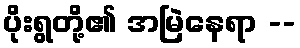
ပိုးရွတို့၏ အမြဲနေရာ --